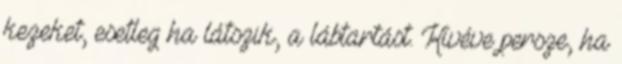
kezeket, esetleg ha látszik, a lábtartást. Kivéve persze, ha